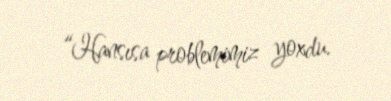
“Hansısa problemimiz yoxdu.